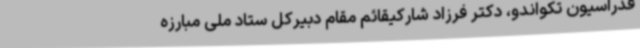
فدراسیون تکواندو، دکتر فرزاد شارکیقائم مقام دبیرکل ستاد ملی مبارزه